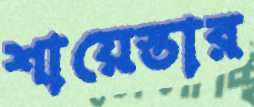
শায়েস্তার